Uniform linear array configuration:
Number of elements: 8
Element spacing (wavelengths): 1
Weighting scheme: cosine
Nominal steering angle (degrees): -60
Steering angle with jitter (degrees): -61.378
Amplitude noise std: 0.05
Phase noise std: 0.05

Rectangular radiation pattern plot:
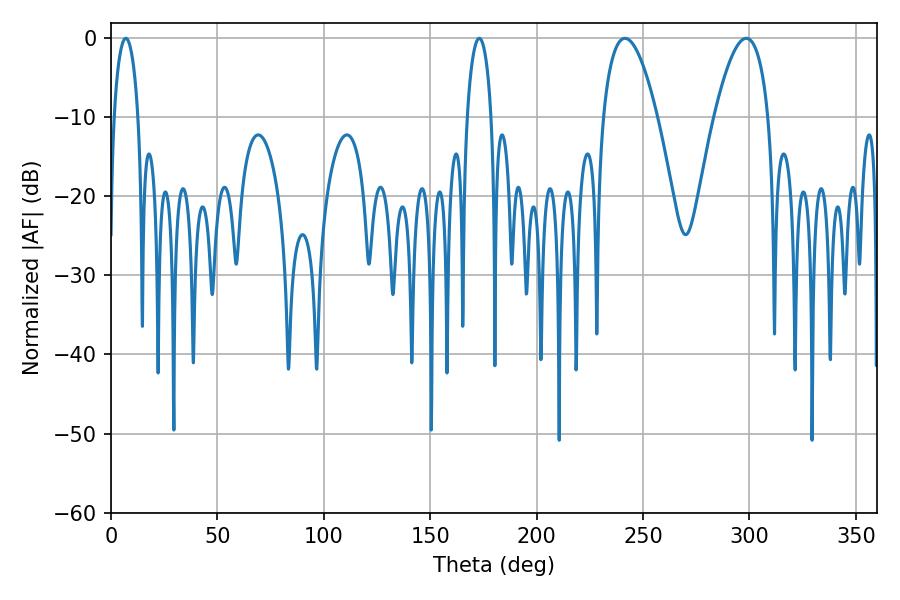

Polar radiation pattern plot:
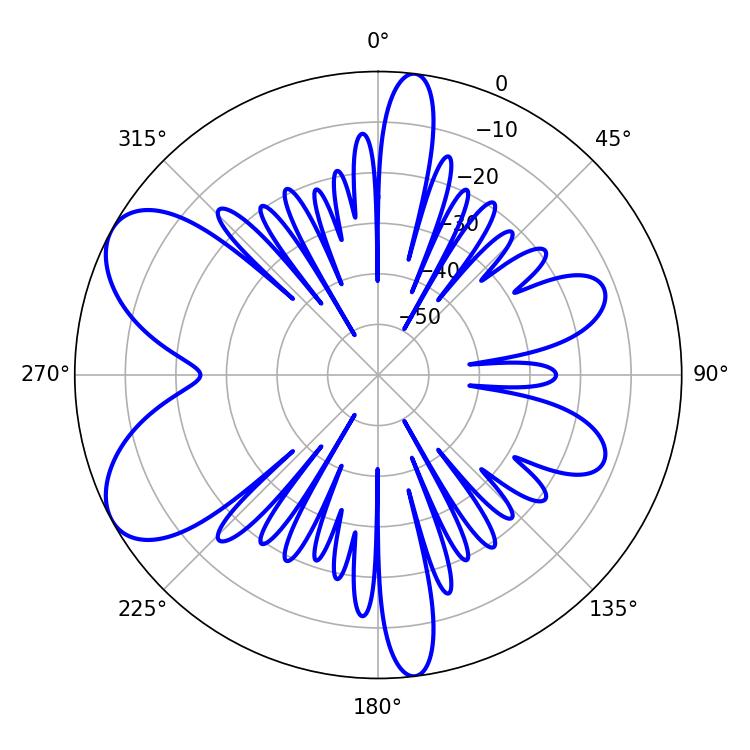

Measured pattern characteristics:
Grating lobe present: TRUE
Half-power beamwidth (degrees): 14.04
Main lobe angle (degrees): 241.56